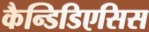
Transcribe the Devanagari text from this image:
कैन्डिडिएसिस